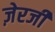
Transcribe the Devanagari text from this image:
ज़ेरजी